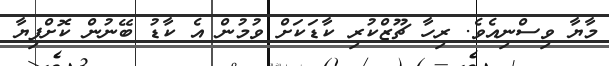
މާޔާ ވިސްނިއެވެ. ރިހާ ޗޫޒްކުރި ކާޑަކަށް ވުމުން އެ ކާޑު ބޭނުން ކޮށްފިޔާ